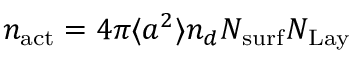
n _ { \mathrm { { a c t } } } = 4 \pi \langle a ^ { 2 } \rangle n _ { d } N _ { \mathrm { { s u r f } } } N _ { \mathrm { { L a y } } }